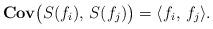
LaTeX: \begin{align*}{\bf Cov} \bigl(S(f_i), \,S(f_j)\bigr) = \langle f_i,\,f_j\rangle.\end{align*}